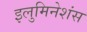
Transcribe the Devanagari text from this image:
इलुमिनेशंस